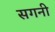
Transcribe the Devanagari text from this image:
सगनी